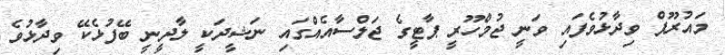
މައުރޫފް ވިދާޅުވެފައި ވަނީ ޖުމްހޫރީ ޕާޓީގެ ޖަލްސާއެއްގައި ނަޝީދަކީ ލާދީނީ ބޭފުޅެކޭ ވިދާޅުވެ